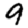
Digit: 9